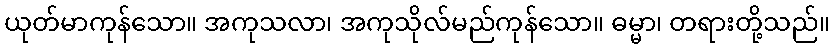
ယုတ်မာကုန်သော။ အကုသလာ၊ အကုသိုလ်မည်ကုန်သော။ ဓမ္မာ၊ တရားတို့သည်။